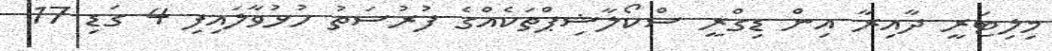
މިލިޓަރީ ދާއިރާ އިން ޑިގްރީ ސްކޯލާޝިޕްތަކެއްގެ ފުރުސަތު ހުޅުވާލައިފި 4 ގަޑި 17